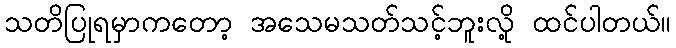
သတိပြုရမှာကတော့ အသေမသတ်သင့်ဘူးလို့ ထင်ပါတယ်။